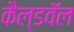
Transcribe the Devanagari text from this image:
कैल्डवॅल